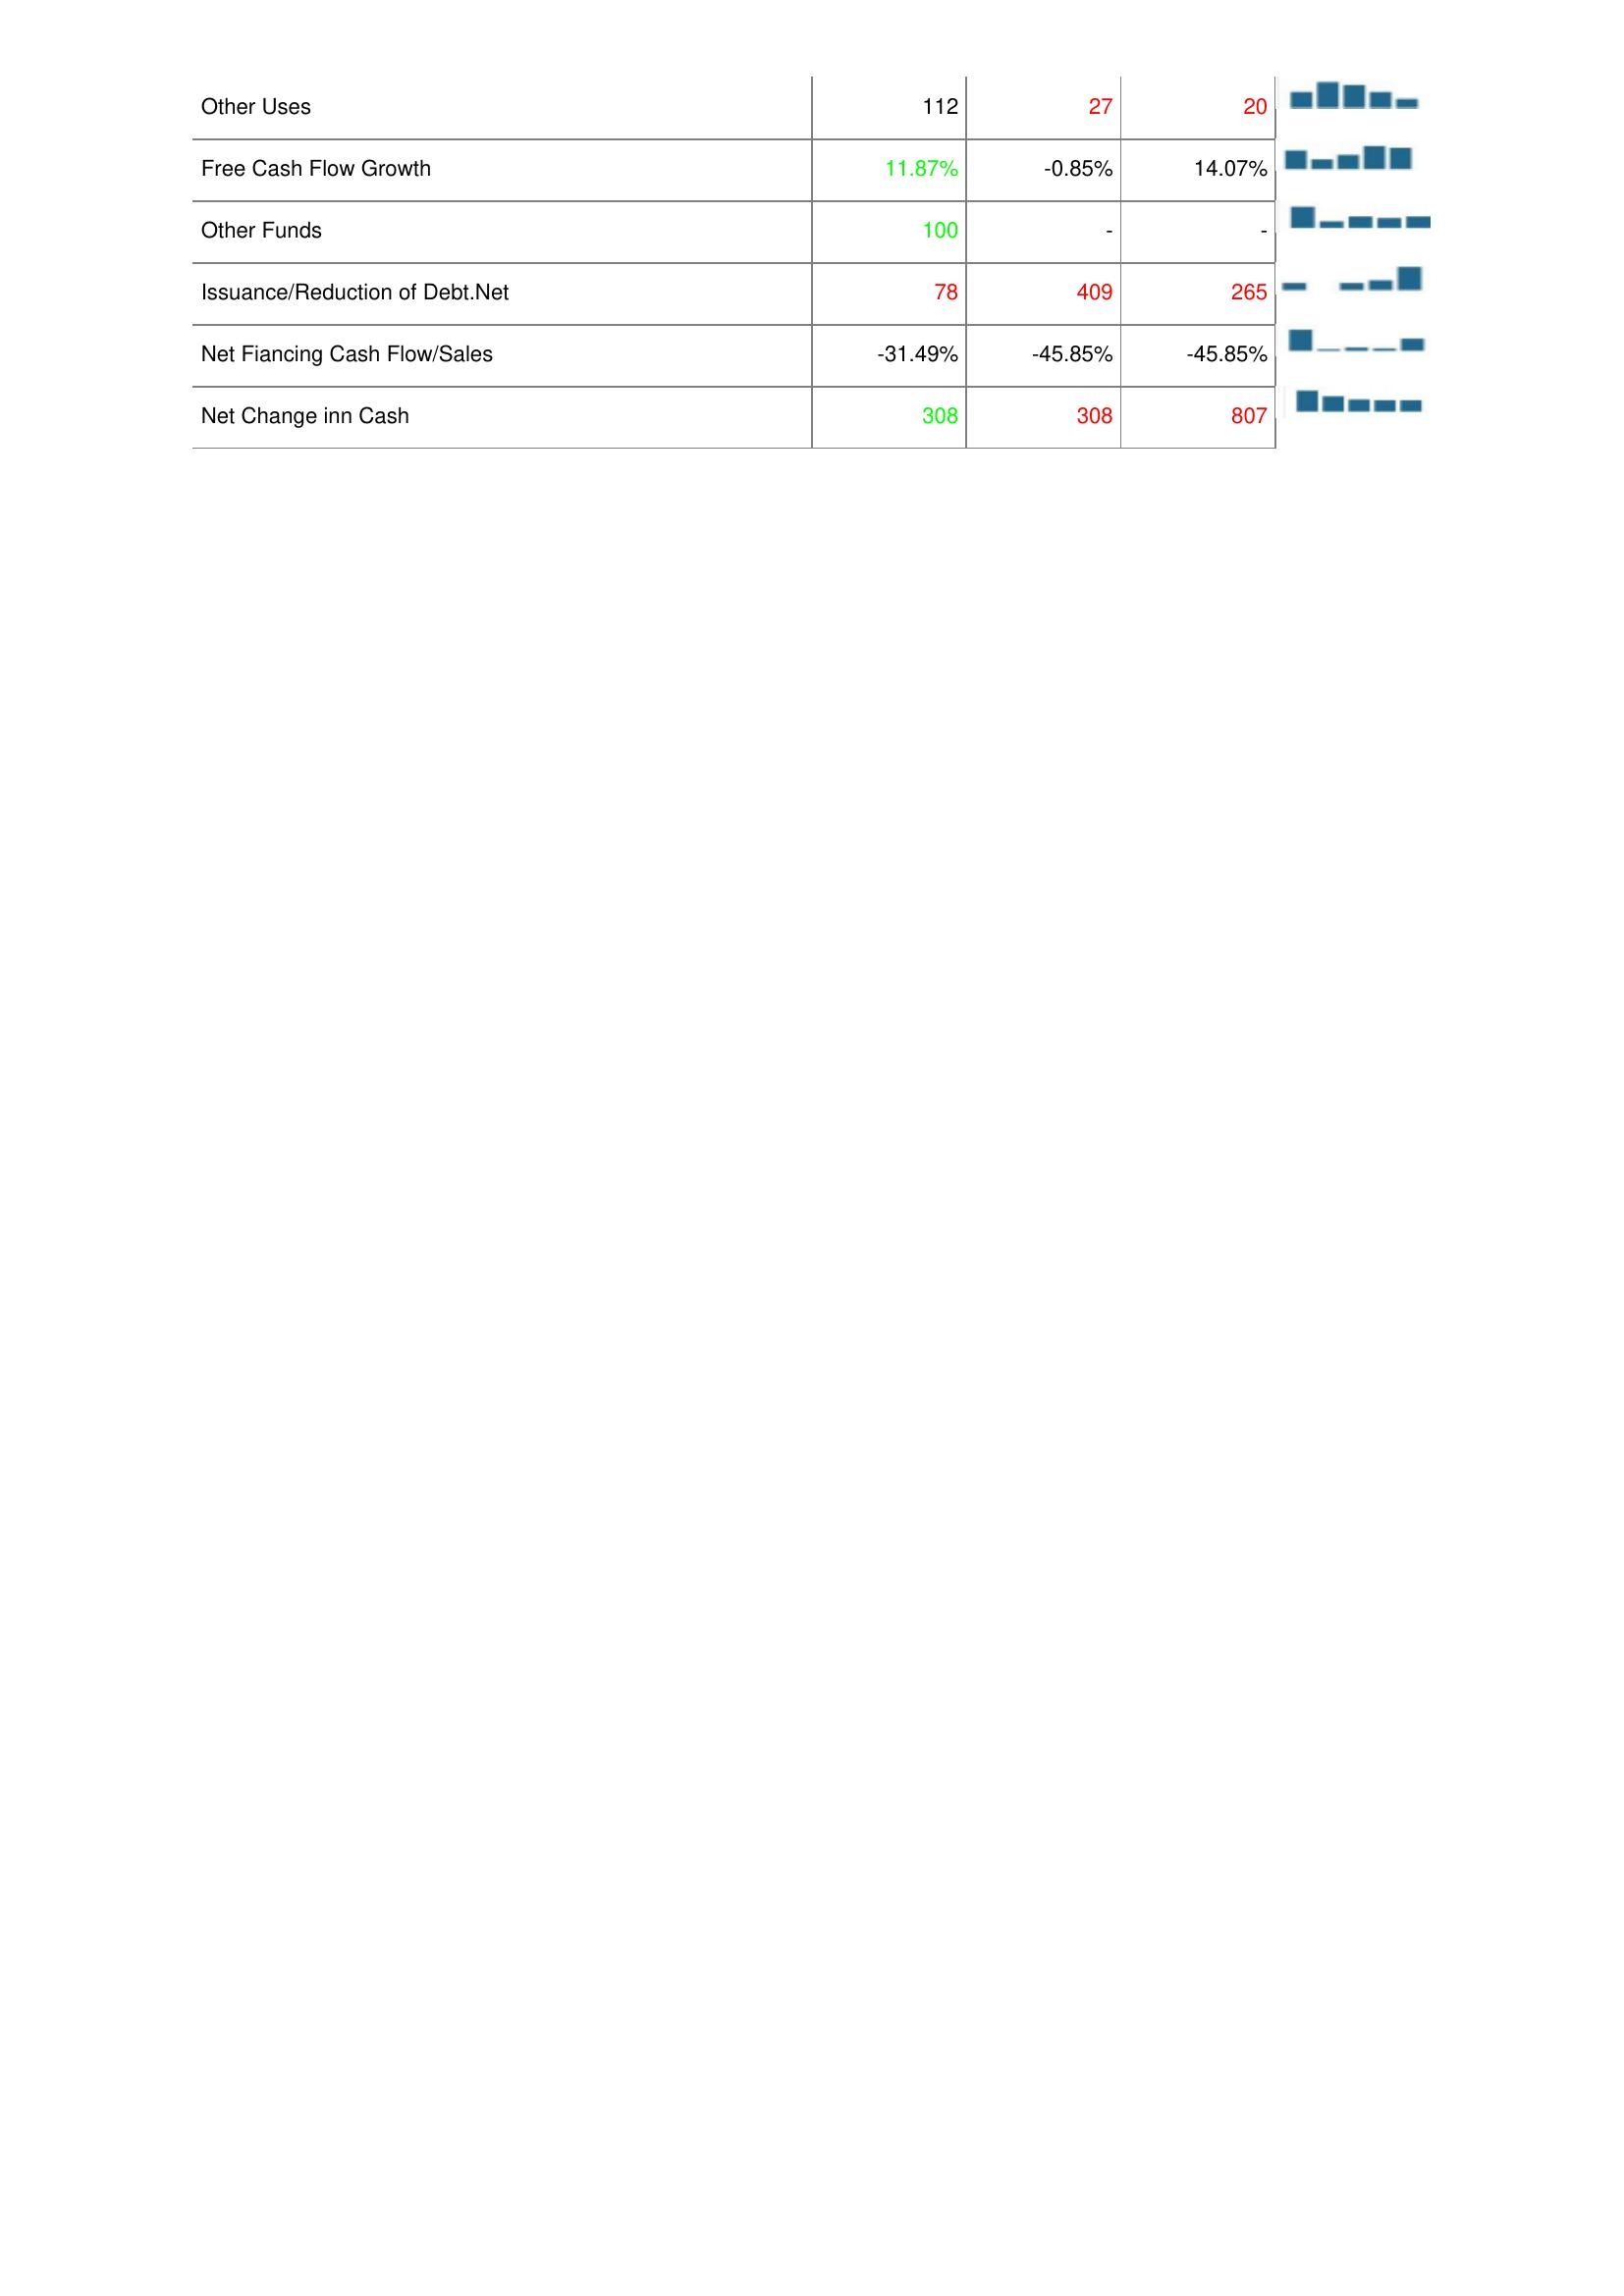
2016: Financing Activities: Other Uses: 112
Free Cash Flow Growth: 11.87%
Other Funds: 100
Issuance/Reduction of Debt.Net: 78
Net Fiancing Cash Flow/Sales: -31.49%
Net Change inn Cash: 308
2017: Financing Activities: Other Uses: 27
Free Cash Flow Growth: -0.85%
Other Funds: -
Issuance/Reduction of Debt.Net: 409
Net Fiancing Cash Flow/Sales: -45.85%
Net Change inn Cash: 308
2018: Financing Activities: Other Uses: 20
Free Cash Flow Growth: 14.07%
Other Funds: -
Issuance/Reduction of Debt.Net: 265
Net Fiancing Cash Flow/Sales: -45.85%
Net Change inn Cash: 807